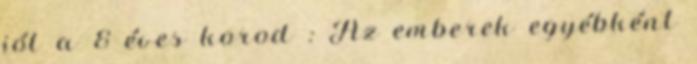
jól a 8 éves korod : Az emberek egyébként